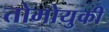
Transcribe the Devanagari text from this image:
तोमोयुकी